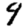
Digit: 9